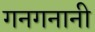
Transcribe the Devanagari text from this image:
गनगनानी